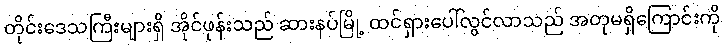
တိုင်းဒေသကြီးများရှိ အိုင်ဖုန်းသည် ဆားနပ်မြို့ ထင်ရှားပေါ်လွင်လာသည် အတုမရှိကြောင်းကို